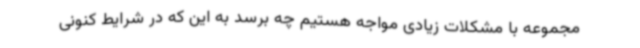
مجموعه با مشکلات زیادی مواجه هستیم چه برسد به این که در شرایط کنونی